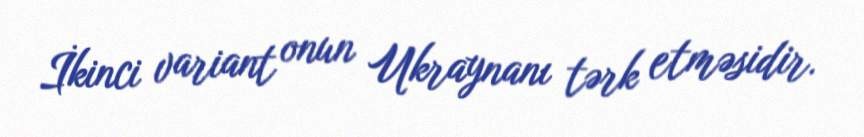
İkinci variant onun Ukraynanı tərk etməsidir.